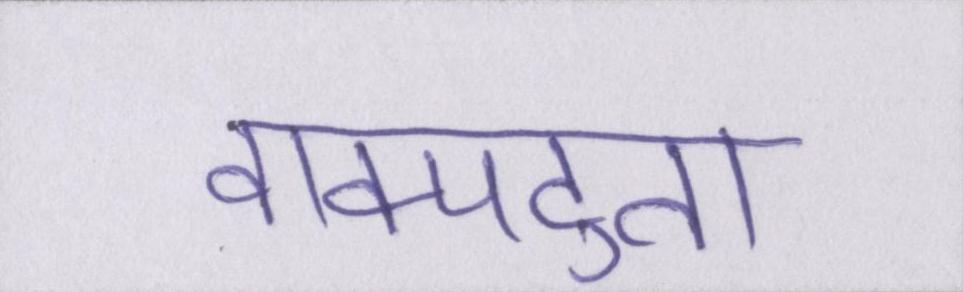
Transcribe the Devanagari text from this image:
वाक्पटुता